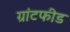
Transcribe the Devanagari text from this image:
ग्रांटफीड